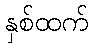
နှစ်ထက်